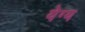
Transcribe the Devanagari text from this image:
येग्य